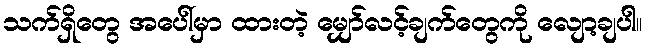
သက်ရှိတွေ အပေါ်မှာ ထားတဲ့ မျှော်လင့်ချက်တွေကို လျော့ချပါ။